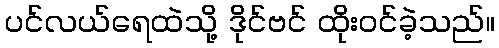
ပင်လယ်ရေထဲသို့ ဒိုင်ဗင် ထိုးဝင်ခဲ့သည်။